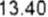
13.40